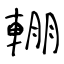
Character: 輣